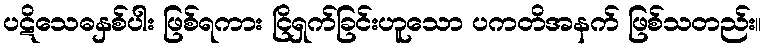
ပဋိသေဓနှစ်ပါး ဖြစ်ရကား ငြိရှက်ခြင်းဟူသော ပကတိအနက် ဖြစ်သတည်း။